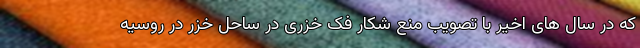
که در سال های اخیر با تصویب منع شکار فک خزری در ساحل خزر در روسیه